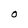
Character: O